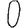
Digit: 0